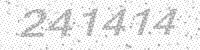
Solution: 241414